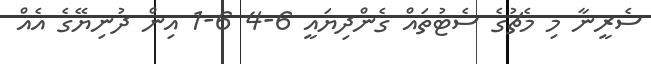
ސެރީނާ މި މެޗުގެ ސެޓުތައް ގެންދިޔައީ 6-4 6-1 އިން ދުނިޔޭގެ އެއް